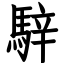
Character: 騂